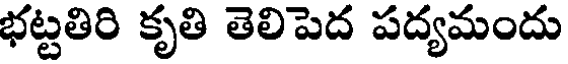
భట్టతిరి కృతి తెలిపెద పద్యమందు